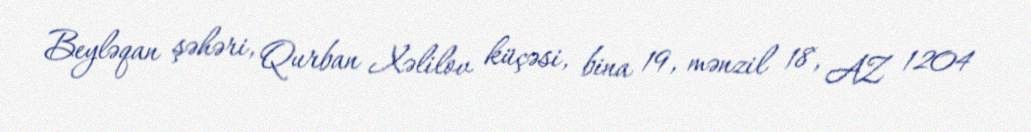
Beyləqan şəhəri, Qurban Xəlilov küçəsi, bina 19, mənzil 18, AZ 1204